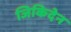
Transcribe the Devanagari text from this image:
जिकिदेन